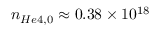
n _ { H e 4 , 0 } \approx 0 . 3 8 \times 1 0 ^ { 1 8 }